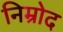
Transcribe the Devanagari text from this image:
निम्रोद